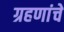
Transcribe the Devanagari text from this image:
ग्रहणांचे